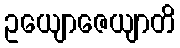
ဥယျောဇေယျာတိ